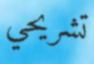
تشريحي